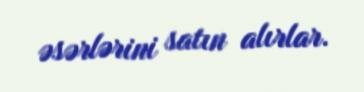
əsərlərini satın alırlar.